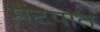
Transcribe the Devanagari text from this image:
मंटपात